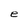
Character: e